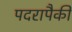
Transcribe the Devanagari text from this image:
पदरापैकी